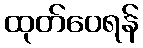
ထုတ်ဝေရန်